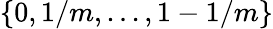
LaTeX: \{ 0,1/m,...,1-1/m\}